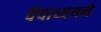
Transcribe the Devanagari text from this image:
वेदाध्ययने